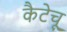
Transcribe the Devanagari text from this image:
कैटेचू